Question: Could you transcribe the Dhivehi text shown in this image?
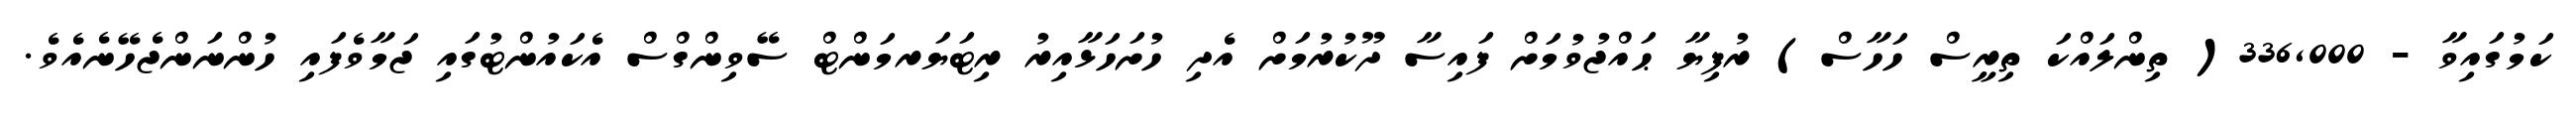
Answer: ކަމުގައިވާ - 336,000( ތިންލައްކަ ތިރީސް ހަހާސް) ރުފިޔާ ޙައްޖުވުމަށް ފައިސާ ދޫކުރުމަށް އެދި ހުށަހަޅާއިރު ރިޓަޔަރމަންޓް ސޭވިންގްސް އެކައުންޓުގައި ޖަމާވެފައި ހުންނަންޖެހޭނެއެވެ.